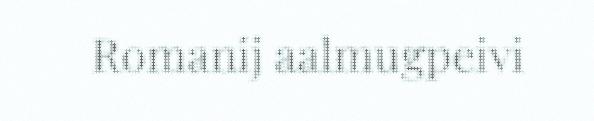
Romanij aalmugpeivi